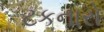
ટકનારો